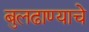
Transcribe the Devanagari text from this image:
बुलढाण्याचे